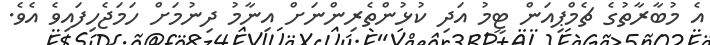
އެ މުބާރާތުގެ ޗެމްޕިއަން ޓީމު އަދި ކުޅުންތެރިންނަށް އިނާމު ދިނުމަށް ހަމަޖެހިފައިވެ އެވެ.